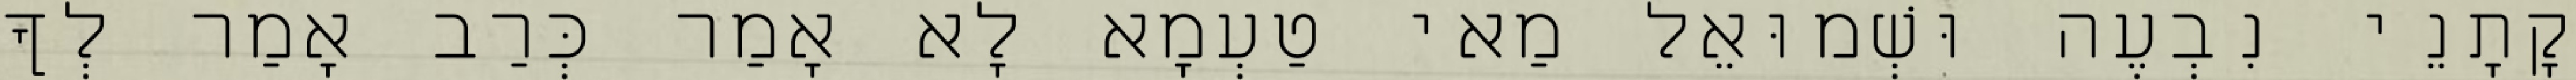
קָתָנֵי נִבְעֶה וּשְׁמוּאֵל מַאי טַעְמָא לָא אָמַר כְּרַב אָמַר לְךָ